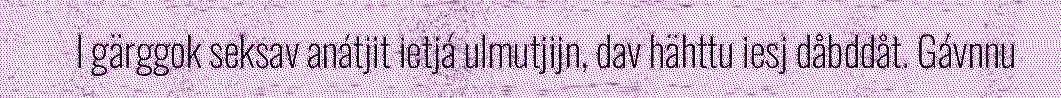
l gärggok seksav anátjit ietjá ulmutjijn, dav hähttu iesj dåbddåt. Gávnnu